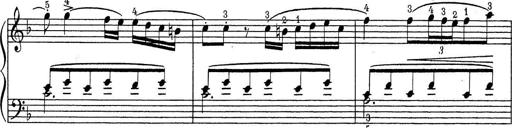
Title: ÄŒeskÃ© Sonatiny
Composer: Various